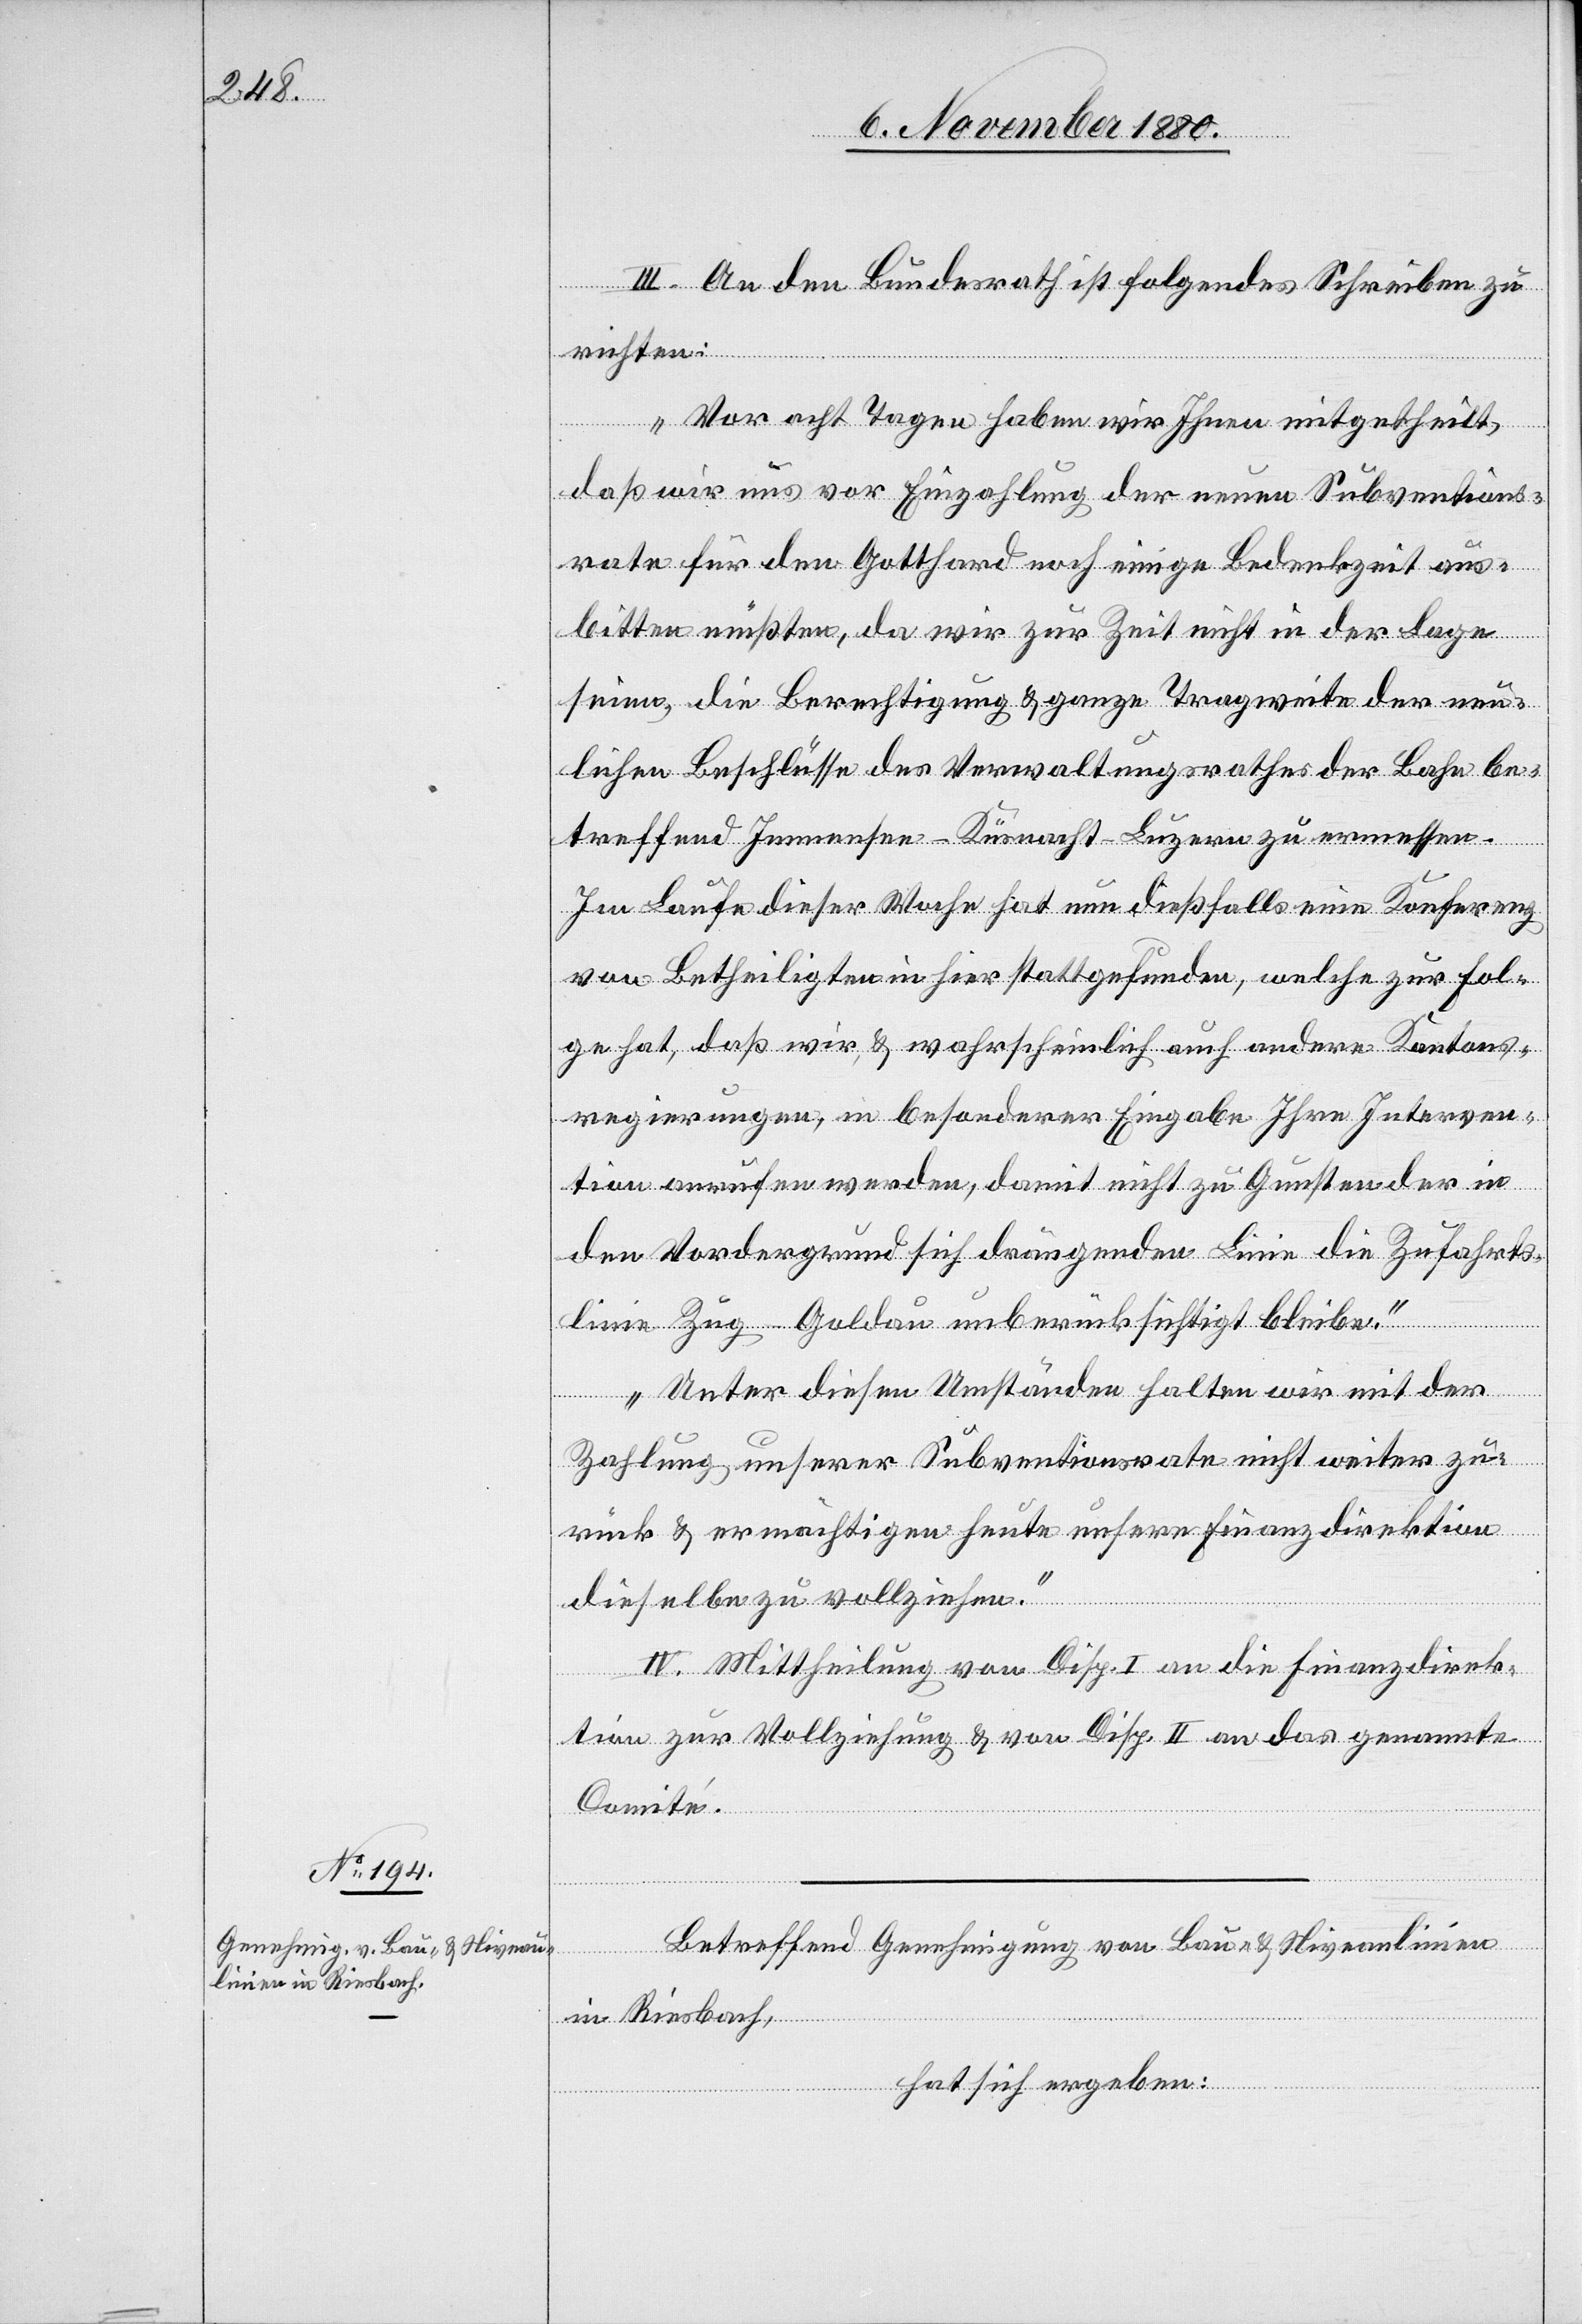
III. An den Bundesrath ist folgendes Schreiben zu
richten:
„Vor acht Tagen haben wir Ihnen mitgetheilt,
daß wir uns vor Einzahlung der neuen Subventions¬
rate für den Gotthard noch einige Bedenkzeit aus¬
bitten müßten, da wir zur Zeit nicht in der Lage
seien, die Berechtigung & ganze Tragweite der neu¬
lichen Beschlüsse des Verwaltungsrathes der Bahn be¬
treffend Immensee–Küsnacht–Luzern zu ermessen.
Im Laufe dieser Woche hat nun dießfalls eine Konferenz
von Betheiligten in hier stattgefunden, welche zur Fol¬
ge hat, daß wir, & wahrscheinlich auch andere Kantons¬
regierungen, in besonderer Eingabe Ihre Interven¬
tion anrufen werden, damit nicht zu Gunsten der in
den Vordergrund sich drängenden Linie die Zufahrts¬
linie Zug–Goldau unberücksichtigt bleibe.
Unter diesen Umständen halten wir mit der
Zahlung unserer Subventionsrate nicht weiter zu¬
rück & ermächtigen heute unsere Finanzdirektion
dieselbe zu vollziehen.“
IV. Mittheilung von Disp. I. an die Finanzdirek¬
tion zur Vollziehung & von Disp. II an das genannte
Comite.
Betreffend Genehmigung von Bau- & Niveaulinien
in Riesbach,
hat sich ergeben: